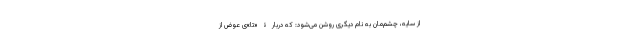
از سایه، چشم‌مان به نام دیگری روشن می‌شود: که دربارۀ «تا»ی عوض از